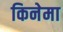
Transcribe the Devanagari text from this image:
किनेमा